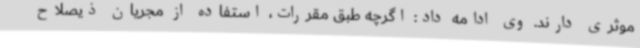
موثری دارند. وی ادامه داد: اگرچه طبق مقررات، استفاده از مجریان ذیصلاح